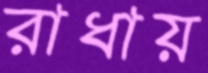
রাধায়